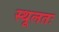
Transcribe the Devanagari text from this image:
स्थूलतः